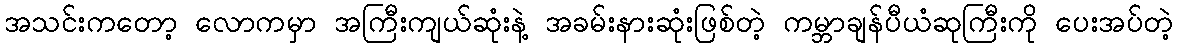
အသင်းကတော့ လောကမှာ အကြီးကျယ်ဆုံးနဲ့ အခမ်းနားဆုံးဖြစ်တဲ့ ကမ္ဘာချန်ပီယံဆုကြီးကို ပေးအပ်တဲ့